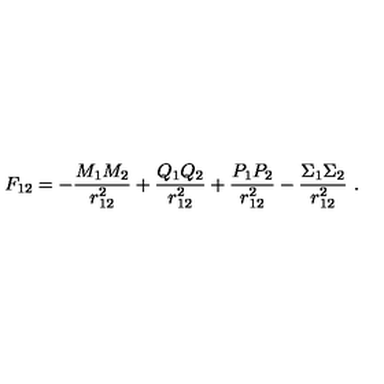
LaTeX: F _ { 1 2 } = - \frac { M _ { 1 } M _ { 2 } } { r _ { 1 2 } ^ { 2 } } + \frac { Q _ { 1 } Q _ { 2 } } { r _ { 1 2 } ^ { 2 } } + \frac { P _ { 1 } P _ { 2 } } { r _ { 1 2 } ^ { 2 } } - \frac { \Sigma _ { 1 } \Sigma _ { 2 } } { r _ { 1 2 } ^ { 2 } } \ .